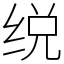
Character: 䌼